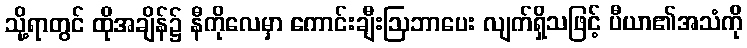
သို့ရာတွင် ထိုအချိန်၌ နီကိုလေမှာ ကောင်းချီးဩဘာပေး လျက်ရှိသဖြင့် ပီယာ၏အသံကို